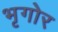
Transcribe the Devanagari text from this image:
भृगोर